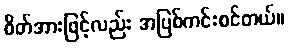
စိတ်အားဖြင့်လည်း အပြစ်ကင်းစင်တယ်။